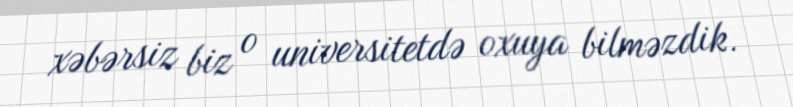
xəbərsiz biz o universitetdə oxuya bilməzdik.